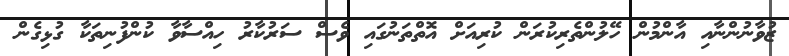
ޒުވާނުންނާއި އާންމުން ހޭލުންތެރިކުރަން ކުރިއަށް އޮތްތަނުގައި ވެސް ސަރުކާރު ހިއްސާވާ ކުންފުނިތަކާ ގުޅިގެން